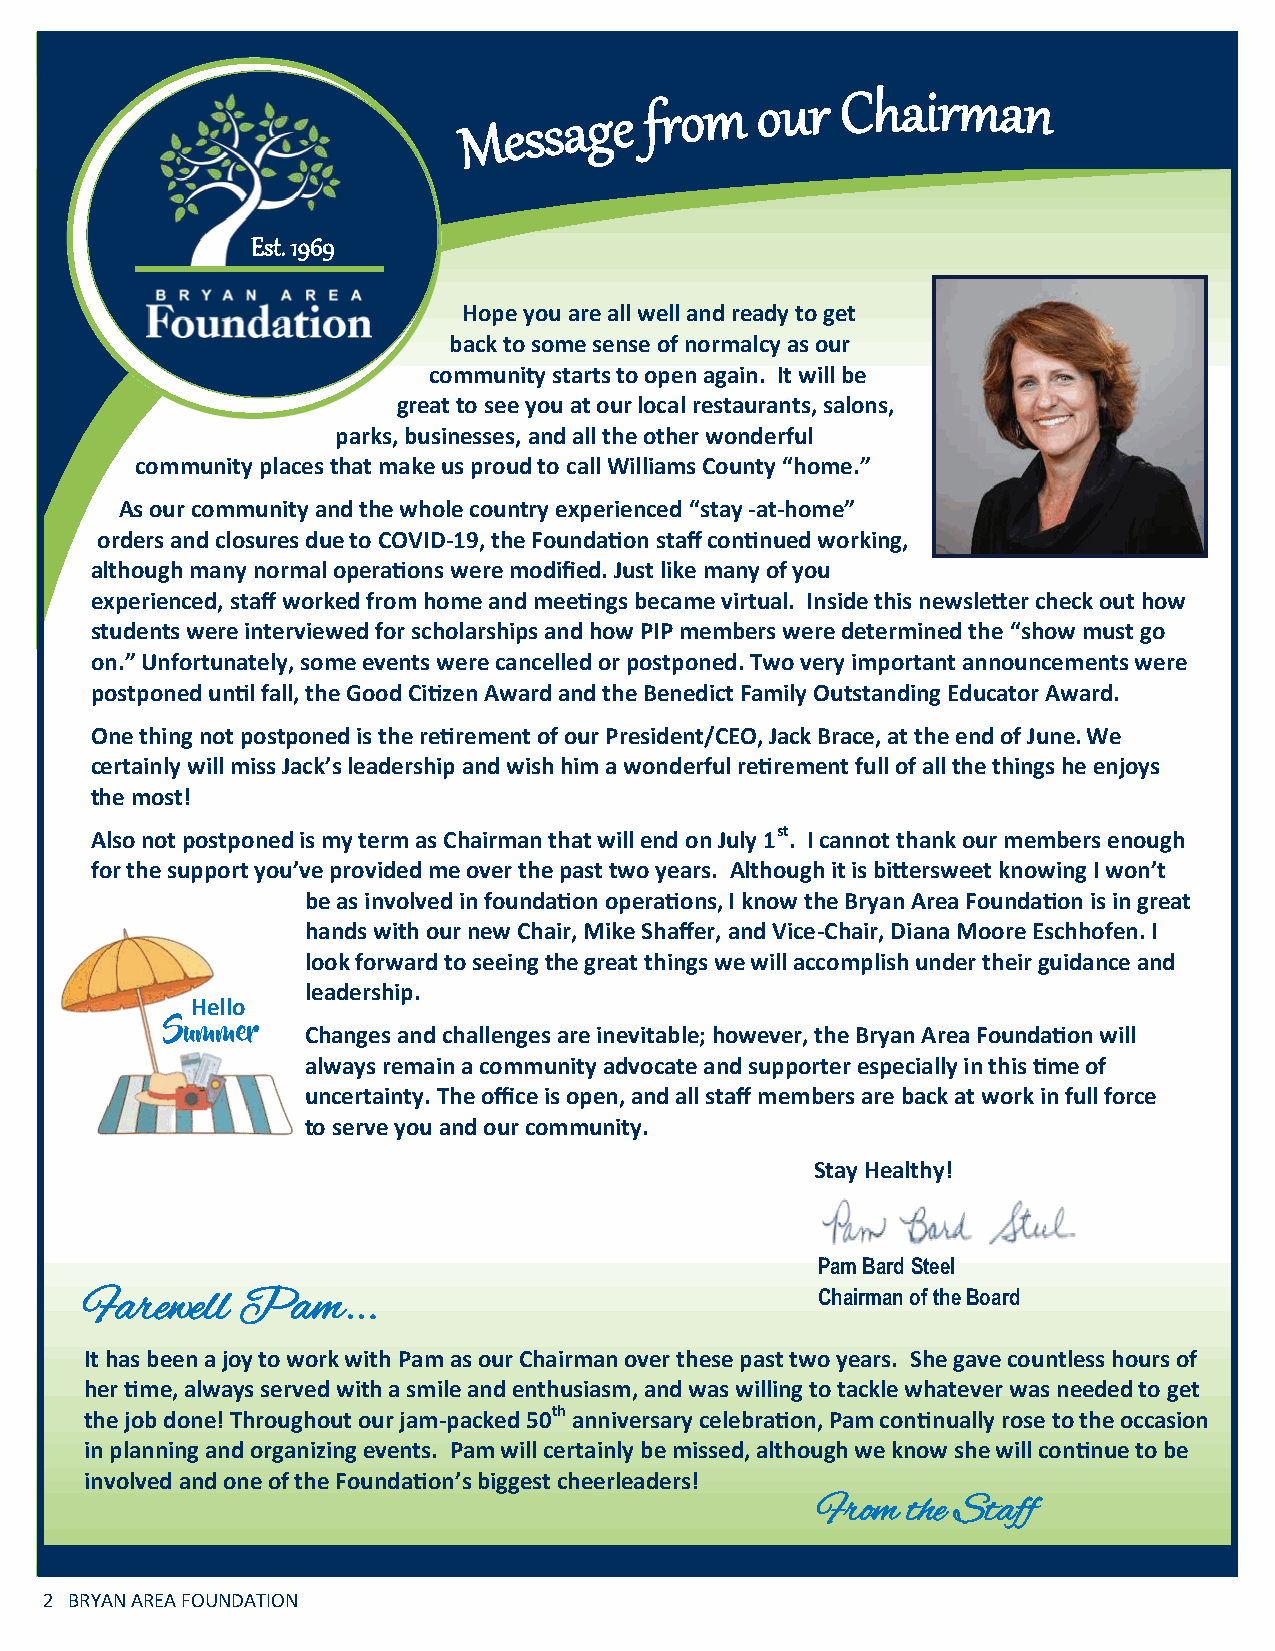
Est. 1969
 Hope you are all well and ready to get
 back to some sense of normalcy as our
 community starts to open again. It will be
 great to see you at our local restaurants, salons,
 parks, businesses, and all the other wonderful
 community places that make us proud to call Williams County “home.”
 As our community and the whole country experienced “stay -at-home”
 orders and closures due to COVID-19, the Foundation staff continued working,
 although many normal operations were modified. Just like many of you
 experienced, staff worked from home and meetings became virtual. Inside this newsletter check out how
 students were interviewed for scholarships and how PIP members were determined the “show must go
 on.” Unfortunately, some events were cancelled or postponed. Two very important announcements were
 postponed until fall, the Good Citizen Award and the Benedict Family Outstanding Educator Award.
 One thing not postponed is the retirement of our President/CEO, Jack Brace, at the end of June. We
 certainly will miss Jack’s leadership and wish him a wonderful retirement full of all the things he enjoys
 the most!
 Also not postponed is my term as Chairman that will end on July 1st. I cannot thank our members enough
 for the support you’ve provided me over the past two years. Although it is bittersweet knowing I won’t
 be as involved in foundation operations, I know the Bryan Area Foundation is in great
 hands with our new Chair, Mike Shaffer, and Vice-Chair, Diana Moore Eschhofen. I
 look forward to seeing the great things we will accomplish under their guidance and
 leadership.
 Hello
 Summer   Changes and challenges are inevitable; however, the Bryan Area Foundation will
 always remain a community advocate and supporter especially in this time of
 uncertainty. The office is open, and all staff members are back at work in full force
 to serve you and our community.
 Stay Healthy!
 Pam Bard Steel
 Farewell  Pam...                                Chairman of the Board
 It has been a joy to work with Pam as our Chairman over these past two years. She gave countless hours of
 her time, always served with a smile and enthusiasm, and was willing to tackle whatever was needed to get
 the job done! Throughout our jam-packed 50th anniversary celebration, Pam continually rose to the occasion
 in planning and organizing events. Pam will certainly be missed, although we know she will continue to be
 involved and one of the Foundation’s biggest cheerleaders!
 From  the Staff
 2 BRYAN AREA FOUNDATION